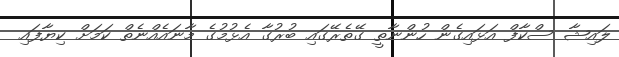
ލައިޝާ ސްކާފް އަޅައިގެން ހުންނާތީ ގޭތެރޭގައި ބުރުގާ އެޅުމުގެ މާނައެއްނެތް ކަމަށް ކިޔާފައި